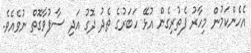
އެހެންކަމުން މިހާރު ފެތުރިގެން އުޅޭ ހަބަރުގެ ތެދު ދޮގު އަދި ސާފުވާގޮތް ނުވެއެވެ.